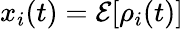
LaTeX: x_{i}(t)=\mathcal{E}[\rho_{i}(t)]